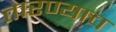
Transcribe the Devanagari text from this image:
तारण्याच